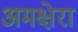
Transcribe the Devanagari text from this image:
अमक्षेरा